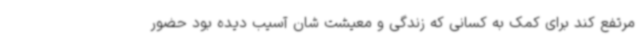
مرتفع کند برای کمک به کسانی که زندگی و معیشت شان آسیب دیده بود حضور